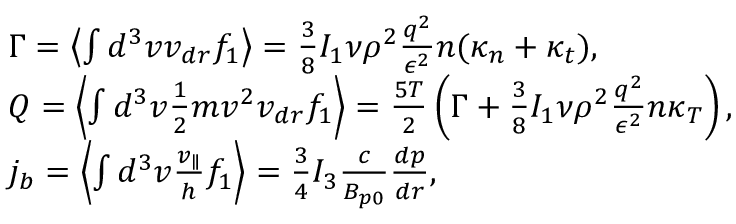
\begin{array} { r l } & { \Gamma = \left\langle \int d ^ { 3 } v v _ { d r } f _ { 1 } \right\rangle = \frac { 3 } { 8 } I _ { 1 } \nu \rho ^ { 2 } \frac { q ^ { 2 } } { \epsilon ^ { 2 } } n ( \kappa _ { n } + \kappa _ { t } ) , } \\ & { Q = \left\langle \int d ^ { 3 } v \frac { 1 } { 2 } m v ^ { 2 } v _ { d r } f _ { 1 } \right\rangle = \frac { 5 T } { 2 } \left( \Gamma + \frac { 3 } { 8 } I _ { 1 } \nu \rho ^ { 2 } \frac { q ^ { 2 } } { \epsilon ^ { 2 } } n \kappa _ { T } \right) , } \\ & { j _ { b } = \left\langle \int d ^ { 3 } v \frac { v _ { \parallel } } { h } f _ { 1 } \right\rangle = \frac { 3 } { 4 } I _ { 3 } \frac { c } { B _ { p 0 } } \frac { d p } { d r } , } \end{array}